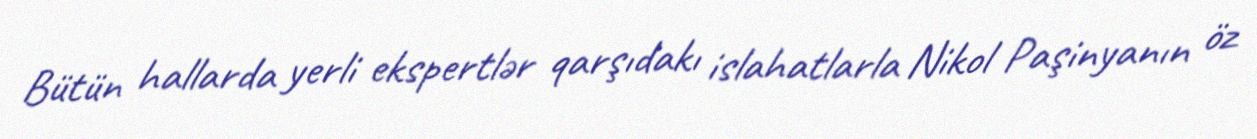
Bütün hallarda yerli ekspertlər qarşıdakı islahatlarla Nikol Paşinyanın öz